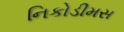
નિકોડીમસ